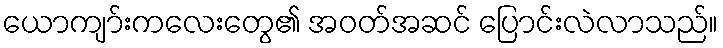
ယောကျာ်းကလေးတွေ၏ အဝတ်အဆင် ပြောင်းလဲလာသည်။